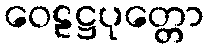
ဝေဠဋ္ဌပုတ္တော